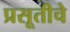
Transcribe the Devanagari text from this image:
प्रसूतीचे